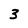
Character: 3